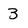
Character: 3